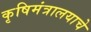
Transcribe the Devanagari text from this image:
कृषिमंत्रालयाचे